Civil Veterinary Dept. Bombay admin report 1932-41 - 1932-1941
Year: 1932
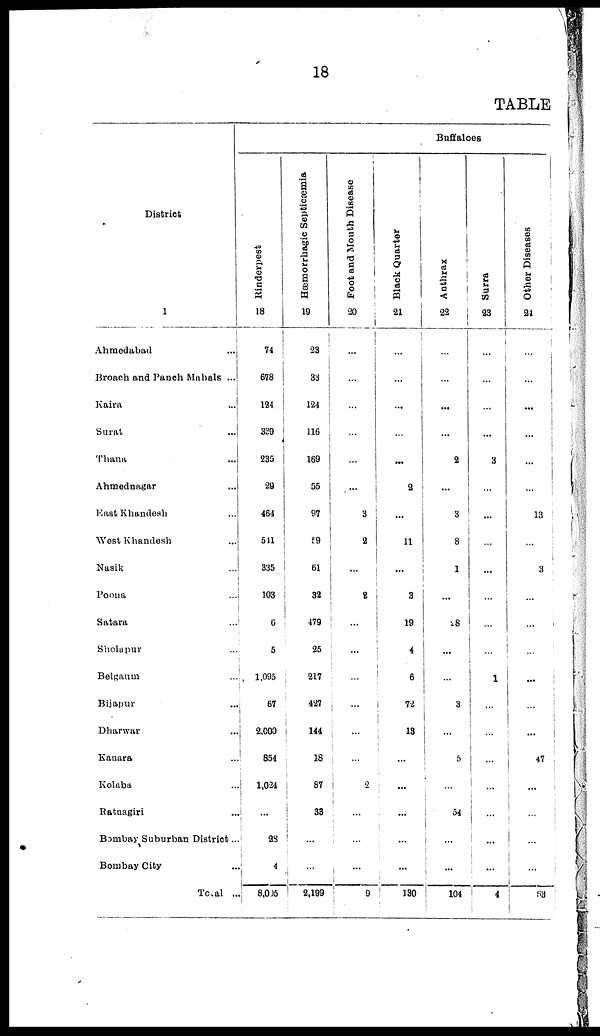
18
TABLE
District
1
Ahmedabad
...
Broach and Panch Mahals ...
Kaira ...
Surat
...
Thana ...
Ahmednagar ...
East Khandesh ...
West Khandesh ...
Nasik ...
Poona
...
Satara ...
Sholapur ...
Belgaum ...
Bijapur
...
Dharwar ...
Kanara ...
Kolaba ...
Ratnagiri ...
Bombay Suburban District ...
Bombay City ...
Total ...
Buffaloes
Rinderpest
18
74
678
194
339
235
29
454
511
335
103
6
5
1,095
67
2,000
854
1,024
...
28
4
8,006
Hæmorrhagic Septicæmia
19
23
33
124
116
169
55
97
69
51
32
479
25
217
427
144
18
87
33
...
...
2,199
Foot and Mouth Disease
20
...
...
...
...
...
...
3
2
...
2
...
...
...
...
...
...
2
...
...
...
9
Black Quarter
21
...
...
...
...
...
2
...
11
...
3
19
4
6
72
13
...
...
...
...
...
130
Anthrax
22
...
...
...
...
2
...
3
8
1
...
28
...
...
3
...
5
...
54
...
...
104
Surra
23
...
...
...
...
3
...
...
...
...
...
...
...
1
...
...
...
...
...
...
...
4
Other Diseases
24
...
...
...
...
...
...
13
...
3
...
...
...
...
...
...
...
...
...
...
...
58